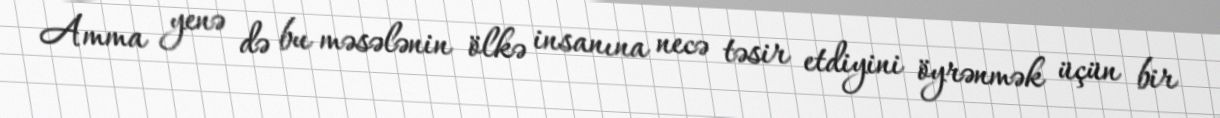
Amma yenə də bu məsələnin ölkə insanına necə təsir etdiyini öyrənmək üçün bir